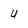
Character: U